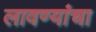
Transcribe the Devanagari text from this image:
लावण्यांचा